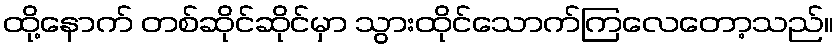
ထို့နောက် တစ်ဆိုင်ဆိုင်မှာ သွားထိုင်သောက်ကြလေတော့သည်။